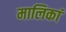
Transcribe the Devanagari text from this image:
मालिकां